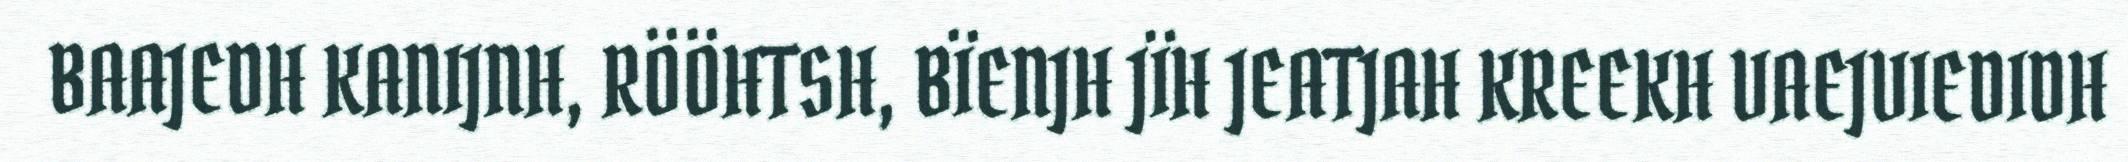
BAAJEDH KANIJNH, RÖÖHTSH, BÏENJH JÏH JEATJAH KREEKH VAEJVIEDIDH